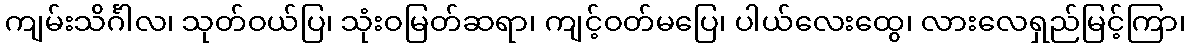
ကျမ်းသိင်္ဂါလ၊ သုတ်ဝယ်ပြ၊ သုံးဝမြတ်ဆရာ၊ ကျင့်ဝတ်မပြေ၊ ပါယ်လေးထွေ၊ လားလေရှည်မြင့်ကြာ၊